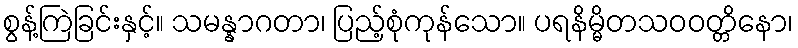
စွန့်ကြဲခြင်းနှင့်။ သမန္နာဂတာ၊ ပြည့်စုံကုန်သော။ ပရနိမ္မိတသဝဝတ္တိနော၊